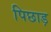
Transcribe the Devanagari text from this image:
पिछाड़